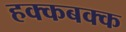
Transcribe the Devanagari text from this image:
हक्कबक्क